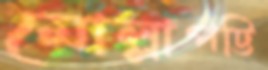
মোল্লাপট্টি